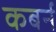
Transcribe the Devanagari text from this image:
कबर्न